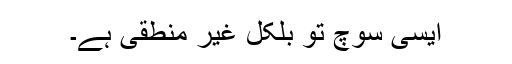
ایسی سوچ تو بلکل غیر منطقی ہے۔